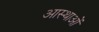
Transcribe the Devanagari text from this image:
आस्‍थाओं